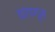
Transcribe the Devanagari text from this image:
वागणून